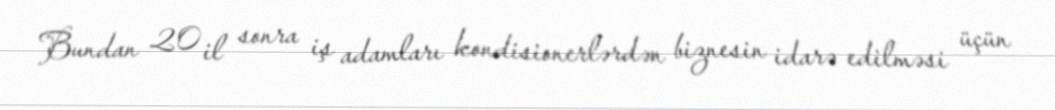
Bundan 20 il sonra iş adamları kondisionerlərdən biznesin idarə edilməsi üçün